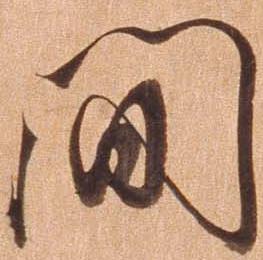
間